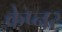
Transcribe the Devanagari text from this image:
केप्नर